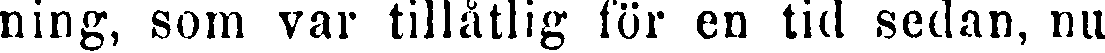
ning, som var tillåtlig för en tid sedan, nu